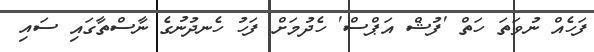
ފަހެއް ނުވަތަ ހަތް 'ފުޝް އަޕްސް' ހެދުމަށް ފަހު ހެނދުނުގެ ނާސްތާގައި ސައި